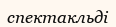
спектакльді